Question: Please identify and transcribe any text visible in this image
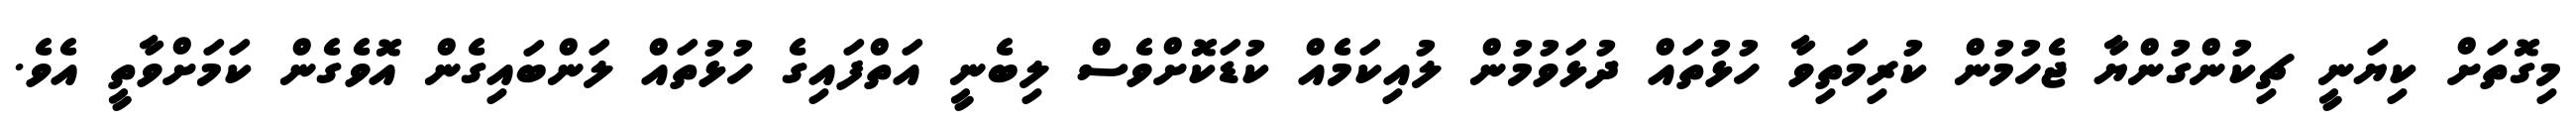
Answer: މިގޮތަށް ކިޔަނީ ޗިކުންގުންޔާ ޖެހުމުން ކުރިމަތިވާ ހުޅުތައް ދުޅަވުމުން ލުއިކަމެއް ކުޑަކޮށްވެސް ލިބެނީ އަތްފައިގެ ހުޅުތައް ލަންބައިގެން އޮވެގެން ކަމަށްވާތީ އެވެ.